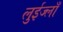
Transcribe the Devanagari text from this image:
लुईज्लाँ